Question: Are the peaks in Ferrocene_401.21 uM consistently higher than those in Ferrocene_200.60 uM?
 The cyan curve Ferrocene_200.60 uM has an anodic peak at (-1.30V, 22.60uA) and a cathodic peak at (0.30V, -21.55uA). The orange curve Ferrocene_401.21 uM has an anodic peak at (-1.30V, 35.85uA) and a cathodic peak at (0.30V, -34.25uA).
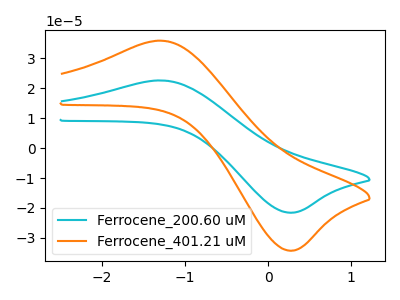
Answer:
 <answer>Every peak in "Ferrocene_401.21 uM" is higher than every peak in "Ferrocene_200.60 uM".</answer>
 <eval>higher</eval>